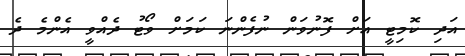
އަދި ކޮމިޓީ އަށް ފޮނުވަން ނުފެންނަ ކަމަށް ވޯޓު ދެއްވީ އެންމެ ދެ